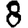
Digit: 8